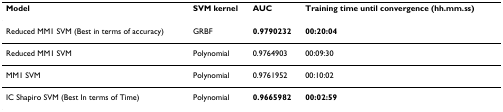
<table><thead><tr><td><b>Model</b></td><td><b>SVM kernel</b></td><td><b>AUC</b></td><td><b>Training time until convergence (hh.mm.ss)</b></td></tr></thead><tbody><tr><td>Reduced MM1 SVM (Best in terms of accuracy)</td><td>GRBF</td><td><b>0.9790232</b></td><td><b>00:20:04</b></td></tr><tr><td>Reduced MM1 SVM</td><td>Polynomial</td><td>0.9764903</td><td>00:09:30</td></tr><tr><td>MM1 SVM</td><td>Polynomial</td><td>0.9761952</td><td>00:10:02</td></tr><tr><td>IC Shapiro SVM (Best In terms of Time)</td><td>Polynomial</td><td><b>0.9665982</b></td><td><b>00:02:59</b></td></tr></tbody></table>